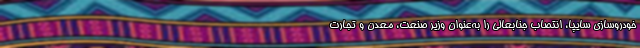
خودروسازي سايپا، انتصاب جنابعالي را به‌عنوان وزير صنعت، معدن و تجارت